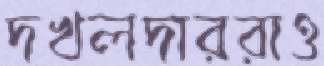
দখলদাররাও